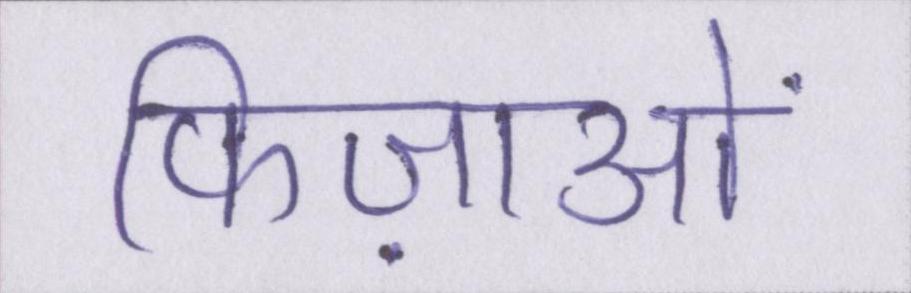
फिज़ाओं